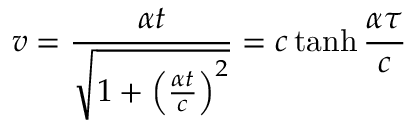
v = { \frac { \alpha t } { \sqrt { 1 + \left( { \frac { \alpha t } { c } } \right) ^ { 2 } } } } = c \operatorname { t a n h } { \frac { \alpha \tau } { c } }